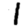
Digit: 1